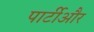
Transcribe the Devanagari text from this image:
पार्टीऔर